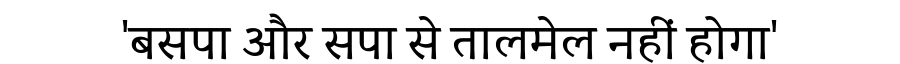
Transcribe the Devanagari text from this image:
'बसपा और सपा से तालमेल नहीं होगा'